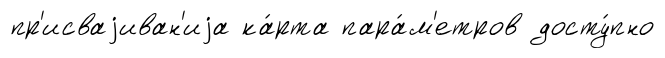
пр'исваjиван'иjа ка́рта пара́м'етров досту́пно